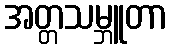
အတ္တသမ္ဘူတာ